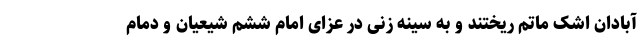
آبادان اشک ماتم ریختند و به سینه زنی در عزای امام ششم شیعیان و دمام